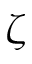
\zeta